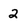
Character: 2